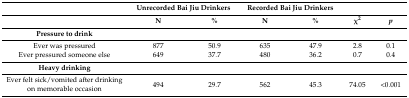
<table><thead><tr><td></td><td colspan="2"><b>Unrecorded Bai Jiu Drinkers</b></td><td colspan="2"><b>Recorded Bai Jiu Drinkers</b></td><td></td><td></td></tr><tr><td></td><td><b>N</b></td><td><b>%</b></td><td><b>N</b></td><td><b>%</b></td><td><b>χ<sup>2</sup></b></td><td><b><i>p</i></b></td></tr></thead><tbody><tr><td><b>Pressure to drink</b></td><td></td><td></td><td></td><td></td><td></td><td></td></tr><tr><td>Ever was pressured</td><td>877</td><td>50.9</td><td>635</td><td>47.9</td><td>2.8</td><td>0.1</td></tr><tr><td>Ever pressured someone else</td><td>649</td><td>37.7</td><td>480</td><td>36.2</td><td>0.7</td><td>0.4</td></tr><tr><td><b>Heavy drinking</b></td><td></td><td></td><td></td><td></td><td></td><td></td></tr><tr><td>Ever felt sick/vomited after drinking on memorable occasion</td><td>494</td><td>29.7</td><td>562</td><td>45.3</td><td>74.05</td><td>&lt;0.001</td></tr></tbody></table>